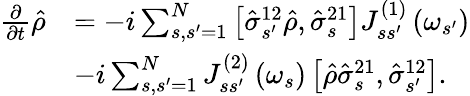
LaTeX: \begin{array}{rl}{\frac{\partial}{\partial t}\hat{\rho}}&{=-i\sum_{s,s^{\prime}=1}^{N}\left[\hat{\sigma}_{s^{\prime}}^{12}\hat{\rho},\hat{\sigma}_{s}^{21}\right]J_{ss^{\prime}}^{\left(1\right)}\left(\omega_{s^{\prime}}\right)}\\ &{-i\sum_{s,s^{\prime}=1}^{N}J_{ss^{\prime}}^{\left(2\right)}\left(\omega_{s}\right)\left[\hat{\rho}\hat{\sigma}_{s}^{21},\hat{\sigma}_{s^{\prime}}^{12}\right].}\end{array}